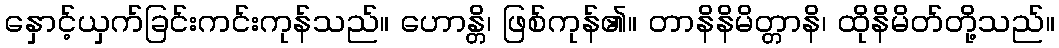
နှောင့်ယှက်ခြင်းကင်းကုန်သည်။ ဟောန္တိ၊ ဖြစ်ကုန်၏။ တာနိနိမိတ္တာနိ၊ ထိုနိမိတ်တို့သည်။